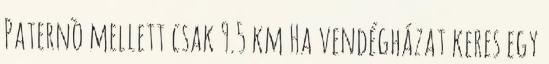
Paternò mellett csak 9.5 km Ha vendégházat keres egy